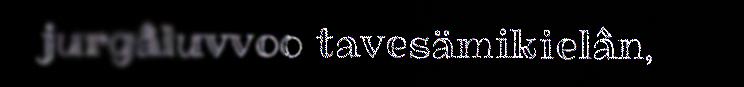
jurgâluvvoo tavesämikielân,